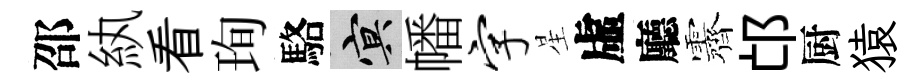
邵紈看珣駱冥幡字星虛廳露邙厨猿